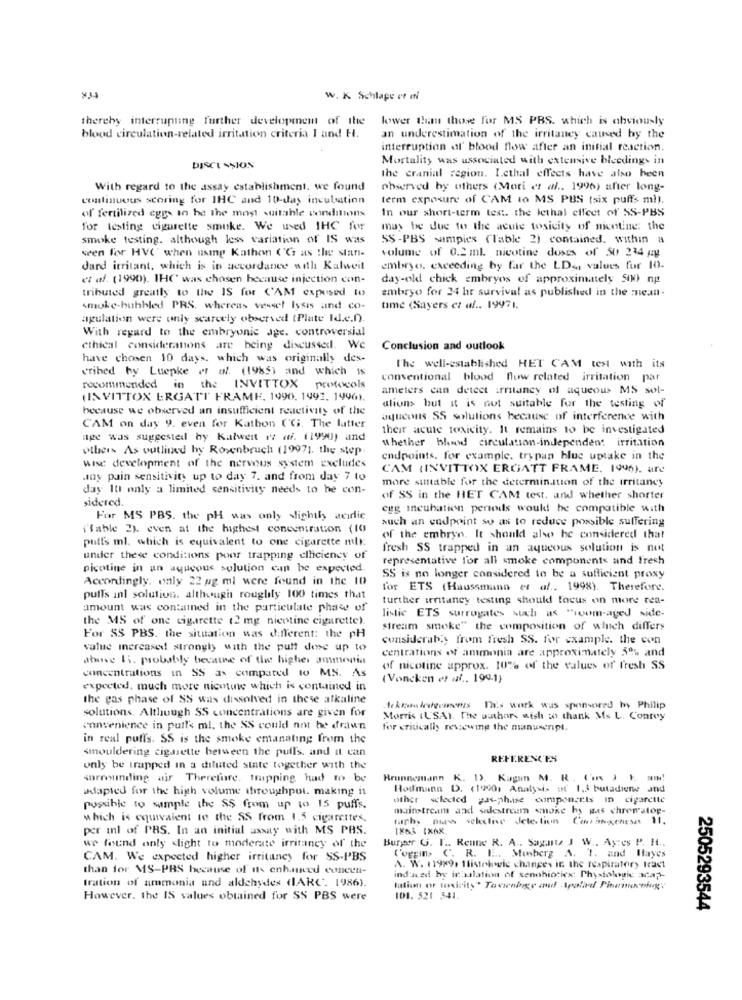
w. K Schlage of el
thereby interrupting further development of the lower than those for MS PBS. which is obviously
blood circulation-related irritation criteria I and H.
an underestimation of the irritancy caused by the
interruption of blood flow after an initial reaction.
Mortality was associated with extensive bleedings in
DISCUSSION
the cranial region. Lethal effects have also been
With regard to the assay establishment. we found
observed by others (Mori et al. 1996) after long-
continuous scoring for IHC and 10-day incubation
term exposure of CAM to MS PBS (six puffs ml).
In our short-term test. the lethal effect of SS-PBS
of fertilized eggs in he the most suitable conditions
for testing cigarette smoke. We used IHC for
may be due to the acute toxicity of nicotine: the
smoke testing. although less variation of IS was
SS -PBS sampies (lable 2) contained. within a
seen for HVC' when using Kathon ('Gs as the star-
volume of 0.2 ml. nicotine doses of 50 234 gg
Jard irritant, which is in accordance with Kalweit
embryo. exceeding by far the LD ., values for 10-
et al. (1990). IHC was chosen because injection con-
day-old chick embryos of approximately 500 ng
tributed greatly to the IS for CAM exposed to
embryo for 24 hr survival as published in the mean-
smoke-hubbled PRS. whereas vessel lysis and co.
time (Sayers et af .. 19971.
agulation were only scarcely observed (Plate Id.c.)
With regard to the embryonic age. controversial
ethical considerations are being discussed. We
Conclusion and outlook
have chosen 10 days, which was originally des-
cribed by Luepke et al. (1985) and which Is
The well-established HET CAM test with its
conventional blood flow related irritation par
recommended in the INVITTOX protocols
ameters can detect irritancy of aqueous MS sol-
(INVITTOX ERGATT FRAME, 1990, 1992, 1996).
because we observed an insufficient reactivity of the
ations but it is not suitable for the testing of
aqueous SS solutions because of interference with
CAM on day 9. even for Kathon C'Gi. The latter
their acute toxicity. It remains to be investigated
ape was suggested hy Kalwert ez af. (1990) and
other As outlined by Rosenbruch (1997). the step
whether blud circulation-independent irritation
wise development of the nervous system excludes
endpoints. for example, trypan blue uptake in the
CAM (INVITTOX ERGATT FRAME. 1995). are
any pain sensitivity up to day 7. and from day 7 to
more suitable for the determination of the irritancy
day It only a limited sensitivity needs to be con-
sidered.
of SS in the HET CAM test, and whether shorter
egg incubation periods would be compatible with
For MS PBS. the pH was only slightly acidic
such an endpoint so as to reduce possible suffering
i'Table 2). even at the highest concentration (10
puffs ml. which is equivalent to one cigarette ml:
of the embryo. It should also be considered that
fresh SS trapped in an aqueous solution is not
under these conditions pour trapping cliciency of
representative for all smoke components and fresh
picotine in an aqueous solution can be expected.
Accordingly, only 22 ug ml were found in the 10
SS is no longer considered to be a sufficient proxy
for ETS (Haussmann et al ., 1998). Therefore.
pulls inl solution. although rouglily 100 times that
further irritancy testing should focus on more rea-
amount was contained in the particulate phase of
the MS of one cigarette (2 mg nicotine cigarette).
listic ETS surrogates such as "com-aged side-
stream smoke" the composition of which differs
For SS PBS. the situation was different: the pH
consideraby from fresh SS. for example. the con
value increased strongly with the pult dose up to
centrations of ammonia are approximately 5% and
abase Ii. probably bevatne of the higher ammonia
of nicotine approx. 10% of the values of fresh SS
concentrations in SS as compared to MS. As
(Voncken es al ., 194.1)
expected, much more nicotine which is contained in
the gas phase of SS was dissolved in these alkaline
solutions. Although SS concentrations are given for
tekke Ieveeinenis This work was sponsored by Philip
Morris IL'SAI. The author, wish to thank Ms L. Conroy
convenience in pulle ml. the SS could not be drawn
for critically reviewing the manuscript.
in real puffs. SS is the smoke emanating from the
smouldering cigarette between the pulls, and it can
REFERENCES
only be trapped in a diluted state together with the
surrounding air Therefore, trapping had to be
Brunnemann K. D. Kagem M. R. ( 3 ) MM
adapted for the high volume throughput. making it
Hollmann D. (19901 Analysis of 1,3 butadiene and
other selected gas-ph.ise componerts in cigarette
possible to sample the SS from up to 15 puffs.
mainstream and adestream smoke hy gas chren'stop-
which is equivalent to the SS from 1.5 cigarettes,
tuph. nurs selective Jete. tien Contingenesas 11.
per inl of PBS. In an initial assay with MS PAS.
IXA3 1X6X
Burger G. I .. Renne R. A ., Sant J W ., Ayres P. H ..
we found only <light to moderate irritancy of the
CAM. We expected higher irritaney for SS-PBS
Coggins C. R. E. Mosherz A. 1. and Hayes
than for MS-PBS because of its enhanced coneen-
A. W. 11999. 1listokovic changes in the respiratory tract
tration of ammonia and aldehydes (IARC. 1986).
ind ned by it'silation of senohioties: Physiologie acap-
However, the IS values obtained for SS PBS were
101. 521 341.
2505293544